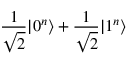
\frac { 1 } { \sqrt { 2 } } \vert 0 ^ { n } \rangle + \frac { 1 } { \sqrt { 2 } } \vert 1 ^ { n } \rangle